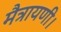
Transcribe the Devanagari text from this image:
मैत्रायणी।